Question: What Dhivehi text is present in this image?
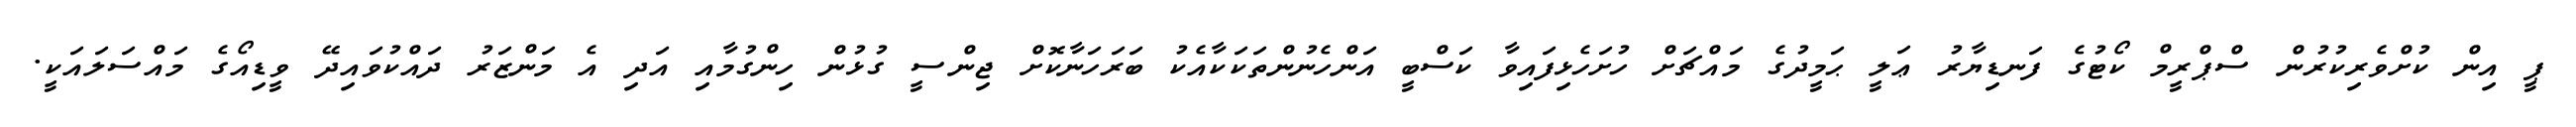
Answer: ޕީ އިން ކުށްވެރިކުރުން ސްޕްރީމް ކޯޓުގެ ފަނޑިޔާރު ޢަލީ ޙަމީދުގެ މައްޗަށް ހުށަހެޅިފައިވާ ކަސްބީ އަންހެނުންތަކަކާއެކު ބަރަހަނާކޮށް ޖިންސީ ގުޅުން ހިންގުމާއި އަދި އެ މަންޒަރު ދައްކުވައިދޭ ވީޑިއޯގެ މައްސަލައަކީ.